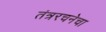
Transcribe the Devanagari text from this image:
तंत्ररचनेचा